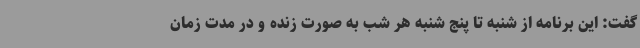
گفت: این برنامه از شنبه تا پنج شنبه هر شب به صورت زنده و در مدت زمان